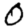
Digit: 0